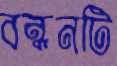
বন্ধনটি